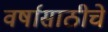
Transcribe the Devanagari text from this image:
वर्षासाठीचे